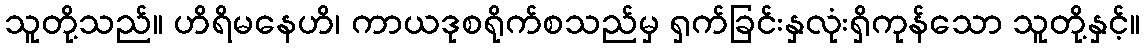
သူတို့သည်။ ဟိရိမနေဟိ၊ ကာယဒုစရိုက်စသည်မှ ရှက်ခြင်းနှလုံးရှိကုန်သော သူတို့နှင့်။